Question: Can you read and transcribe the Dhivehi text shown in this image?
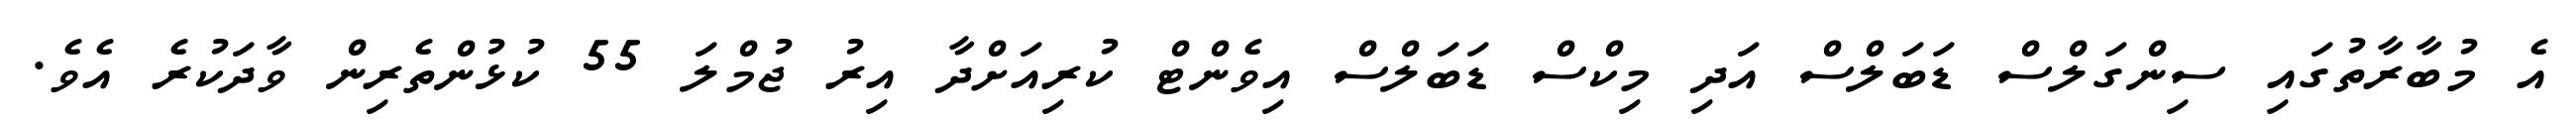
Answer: އެ މުބާރާތުގައި ސިންގަލްސް ޑަބަލްސް އަދި މިކްސް ޑަބަލްސް އިވެންޓް ކުރިއަށްދާ އިރު ޖުމްލަ 55 ކުޅުންތެރިން ވާދަކުރެ އެވެ.